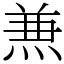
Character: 𠔥